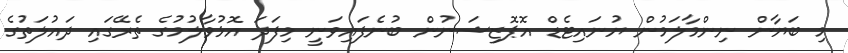
މި ބަޔާން ނިންމާލަމުން ޔުނައިޓެޑް އޮޕޮޒިޝަނުން ބުނެފައިވަނީ މިފަދަ އޮޅުވާލުމުގެ ތެރޭގައި ދައުލަތުގެ